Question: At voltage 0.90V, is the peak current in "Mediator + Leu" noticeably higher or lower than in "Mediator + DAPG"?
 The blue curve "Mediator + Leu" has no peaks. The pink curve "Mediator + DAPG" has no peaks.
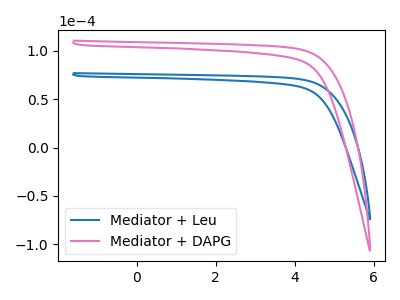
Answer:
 <answer>"Mediator + Leu" and "Mediator + DAPG" dont share a peak at 0.90V.</answer>
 <eval>mismatch</eval>